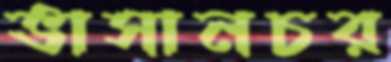
ভাসানচর